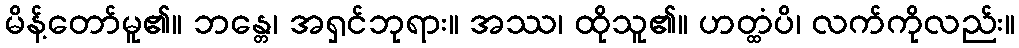
မိန့်တော်မူ၏။ ဘန္တေ၊ အရှင်ဘုရား။ အဿ၊ ထိုသူ၏။ ဟတ္ထံပိ၊ လက်ကိုလည်း။